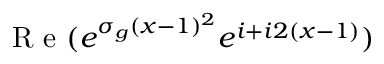
\mathrm { ~ R ~ e ~ } ( e ^ { \sigma _ { g } ( x - 1 ) ^ { 2 } } e ^ { i + i 2 ( x - 1 ) } )